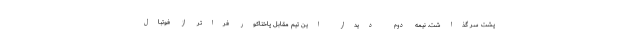
پشت سر گذاشت. نیمه دوم دیدار این تیم مقابل پاختاکور فراتر از فوتبال